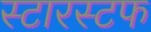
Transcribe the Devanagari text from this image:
स्टारस्टफ